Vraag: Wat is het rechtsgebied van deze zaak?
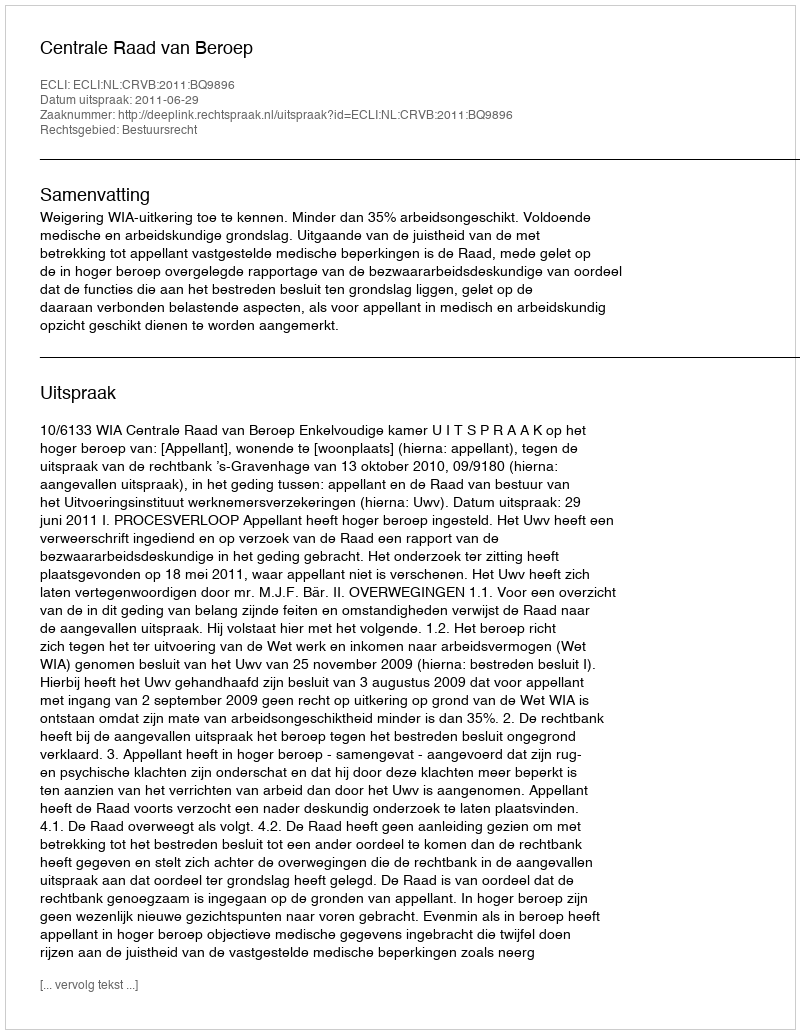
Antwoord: Bestuursrecht